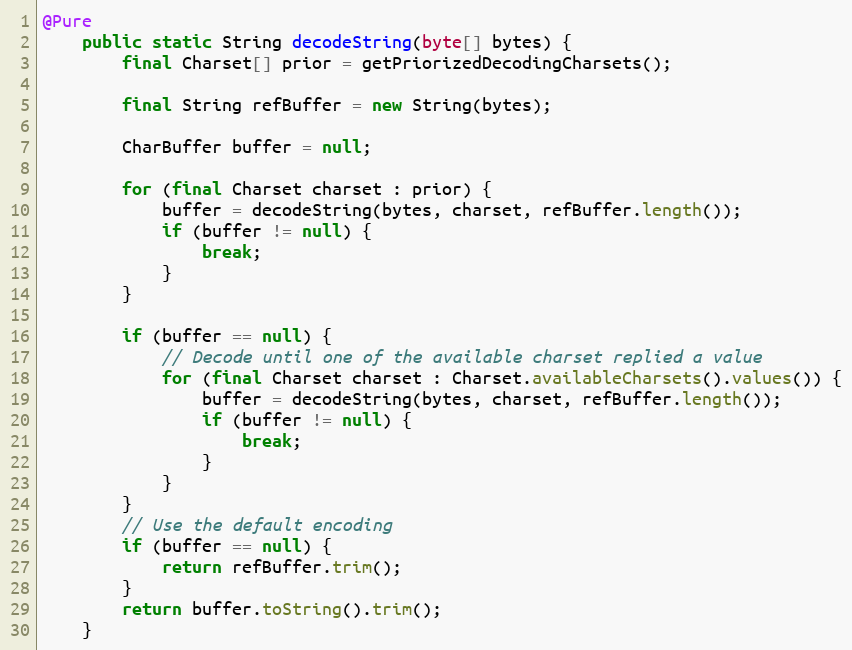
Language: Java
@Pure
	public static String decodeString(byte[] bytes) {
		final Charset[] prior = getPriorizedDecodingCharsets();

		final String refBuffer = new String(bytes);

		CharBuffer buffer = null;

		for (final Charset charset : prior) {
			buffer = decodeString(bytes, charset, refBuffer.length());
			if (buffer != null) {
				break;
			}
		}

		if (buffer == null) {
			// Decode until one of the available charset replied a value
			for (final Charset charset : Charset.availableCharsets().values()) {
				buffer = decodeString(bytes, charset, refBuffer.length());
				if (buffer != null) {
					break;
				}
			}
		}
		// Use the default encoding
		if (buffer == null) {
			return refBuffer.trim();
		}
		return buffer.toString().trim();
	}